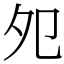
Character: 夗